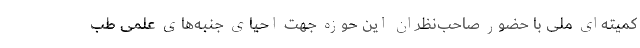
کمیته‌ای ملی با حضور صاحب‌نظران این حوزه جهت احیای جنبه‌های علمی طب